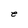
Character: e